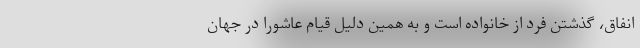
انفاق،‌ گذشتن فرد از خانواده است و به همین دلیل قیام عاشورا در جهان